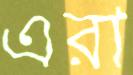
এরা